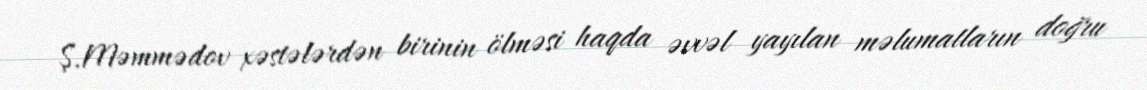
Ş.Məmmədov xəstələrdən birinin ölməsi haqda əvvəl yayılan məlumatların doğru